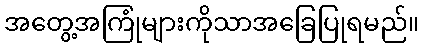
အတွေ့အကြုံများကိုသာအခြေပြုရမည်။